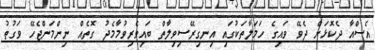
އެސްއާ ދެކޮޅަށް ދެވޭ ވައިގެ ހަމަލާތަކުގައި އިނގިރޭސިވިލާތް ބައިވެރިވުމާމެދު ގޮތެއް ނިންމަންޖެހޭ ވަގުތު